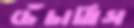
চেঁচাতিস